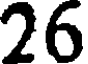
26